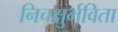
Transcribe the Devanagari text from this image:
निचक्षुर्भविता